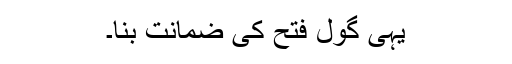
یہی گول فتح کی ضمانت بنا۔